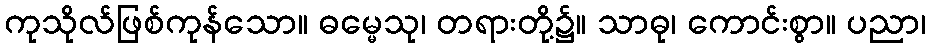
ကုသိုလ်ဖြစ်ကုန်သော။ ဓမ္မေသု၊ တရားတို့၌။ သာဓု၊ ကောင်းစွာ။ ပညာ၊